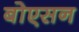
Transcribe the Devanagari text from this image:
बोएसन